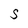
Character: S